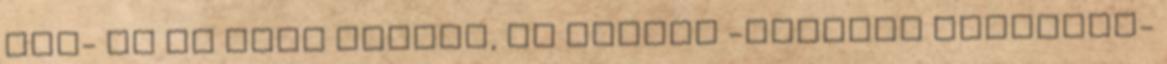
lét- és az élet alapja, és minden -nemcsak mentális-